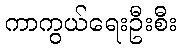
ကာကွယ်ရေးဦးစီး